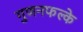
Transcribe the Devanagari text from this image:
गुणनफल्के